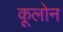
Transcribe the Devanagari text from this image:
कूलोन